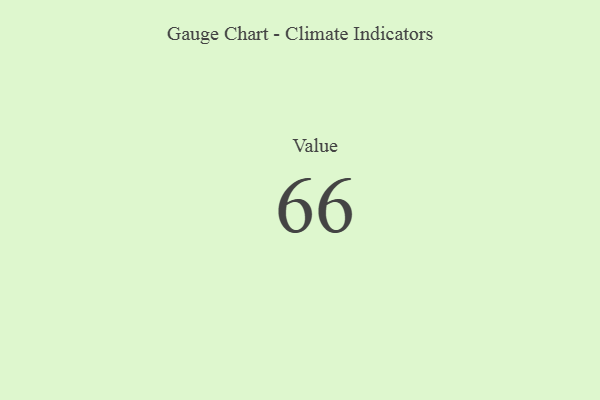
{"axis": {"x": "Metric", "y": "Value"}, "legend": [""], "data": [{"x": "Value", "y": 66, "type": ""}]}